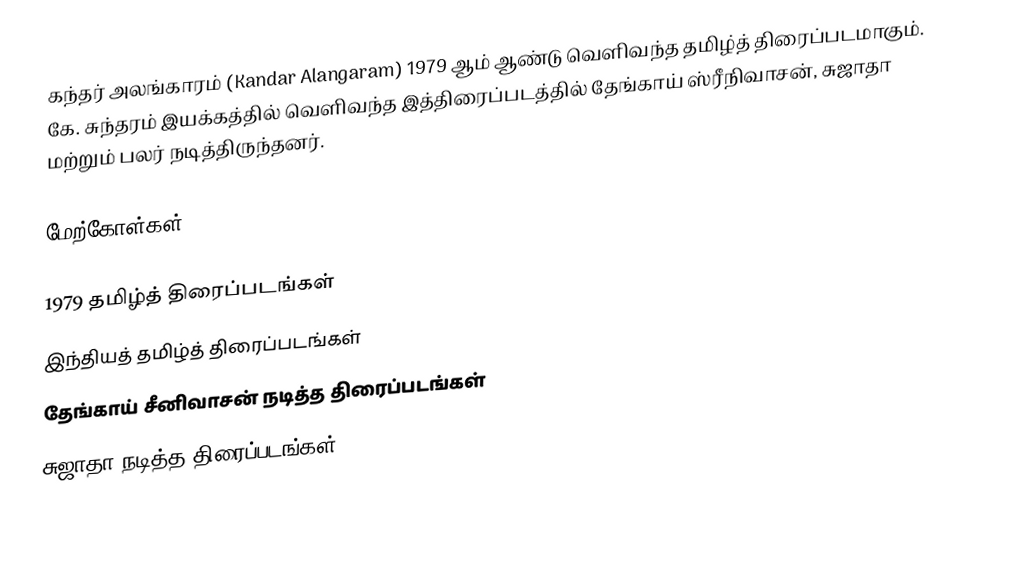
கந்தர் அலங்காரம் (Kandar Alangaram) 1979 ஆம் ஆண்டு வெளிவந்த தமிழ்த் திரைப்படமாகும். கே. சுந்தரம் இயக்கத்தில் வெளிவந்த இத்திரைப்படத்தில் தேங்காய் ஸ்ரீநிவாசன், சுஜாதா மற்றும் பலர் நடித்திருந்தனர்.

மேற்கோள்கள்

1979 தமிழ்த் திரைப்படங்கள்
இந்தியத் தமிழ்த் திரைப்படங்கள்
தேங்காய் சீனிவாசன் நடித்த திரைப்படங்கள்
சுஜாதா நடித்த திரைப்படங்கள்